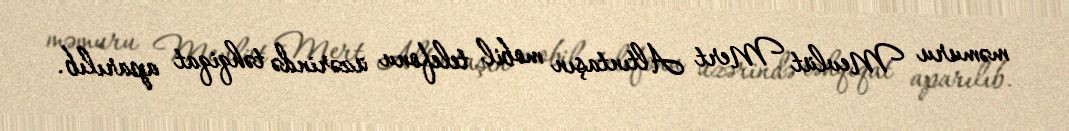
məmuru Mevlüt Mert Altıntaşın mobil telefonu üzərində təhqiqat aparılıb.